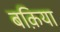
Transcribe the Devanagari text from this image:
बक़िया